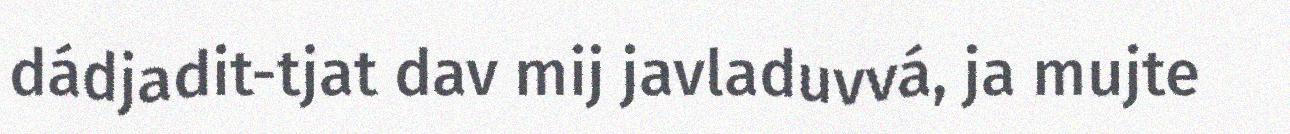
dádjadit-tjat dav mij javladuvvá, ja mujte